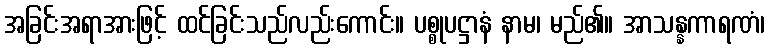
အခြင်းအရာအားဖြင့် ထင်ခြင်းသည်လည်းကောင်း။ ပစ္စုပဋ္ဌာနံ နာမ၊ မည်၏။ အာသန္နကာရဏံ၊